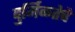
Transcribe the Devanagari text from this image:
दुर्मिळतेचे